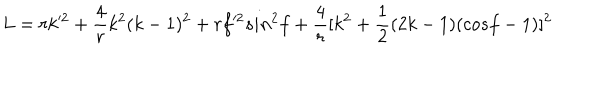
LaTeX: L = r k ^ { 2 } + \frac { 4 } { r } k ^ { 2 } ( k - 1 ) ^ { 2 } + r f ^ { 2 } s i n ^ { 2 } f + \frac { 4 } { r } [ k ^ { 2 } + \frac { 1 } { 2 } ( 2 k - 1 ) ( c o s f - 1 ) ] ^ { 2 }